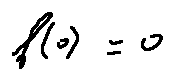
f ( 0 ) = 0